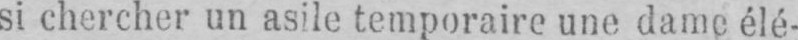
si chercher un asile temporaire une dame élé-